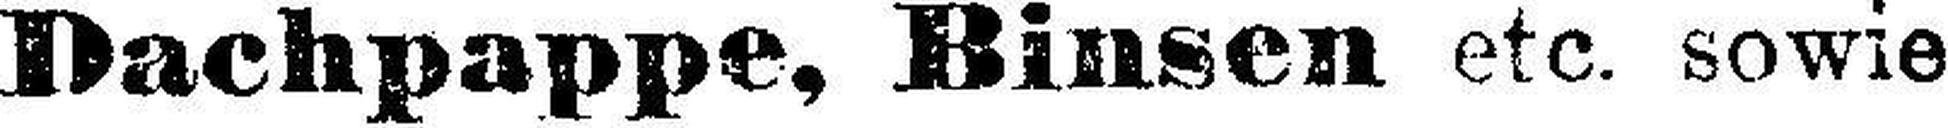
Dachpappe, Binsen etc. sowie